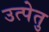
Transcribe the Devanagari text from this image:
उत्पेतु